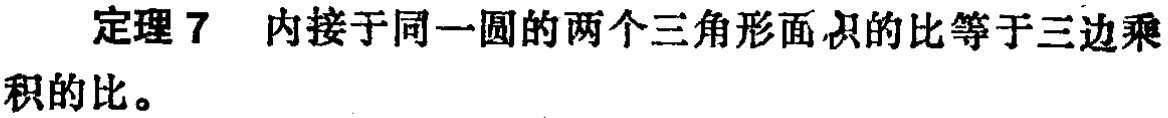
定理 7 内接于同一圆的两个三角形面积的比等于三边乘积的比。